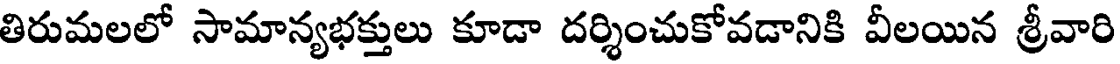
తిరుమలలో సామాన్యభక్తులు కూడా దర్శించుకోవడానికి వీలయిన శ్రీవారి